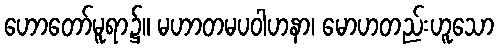
ဟောတော်မူရာ၌။ မဟာတမပဝါဟနာ၊ မောဟတည်းဟူသော